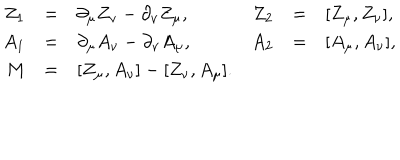
LaTeX: \begin{array} { r c l r c l } { { Z _ { 1 } } } & { { = } } & { { \partial _ { \mu } Z _ { \nu } - \partial _ { \nu } Z _ { \mu } , } } & { { Z _ { 2 } } } & { { = } } & { { [ Z _ { \mu } , Z _ { \nu } ] , } } \\ { { A _ { 1 } } } & { { = } } & { { \partial _ { \mu } A _ { \nu } - \partial _ { \nu } A _ { \mu } , } } & { { A _ { 2 } } } & { { = } } & { { [ A _ { \mu } , A _ { \nu } ] , } } \\ { { M } } & { { = } } & { { [ Z _ { \mu } , A _ { \nu } ] - [ Z _ { \nu } , A _ { \mu } ] . } } & { { } } & { { } } & { { } } \\ \end{array}